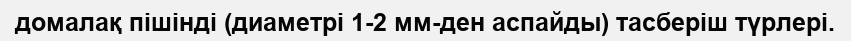
домалақ пішінді (диаметрі 1-2 мм-ден аспайды) тасберіш түрлері.